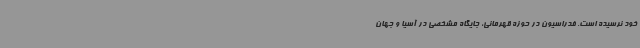
خود نرسیده است. فدراسیون در حوزه قهرمانی، جایگاه مشخصی در آسیا و جهان